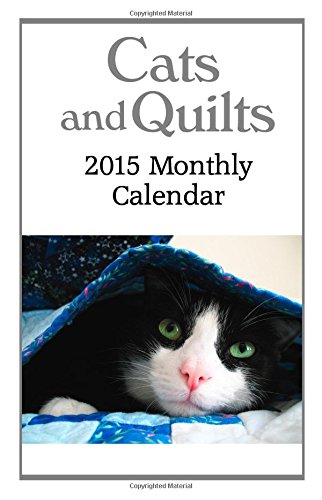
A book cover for Cats and Quilts 2015 Monthly Calendar: 12 Months of Cute Kitties Snuggled in Quilts and in the Sewing Room; Felicity Walker; Calendars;